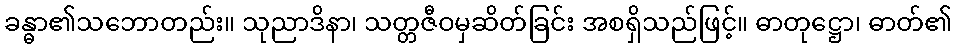
ခန္ဓာ၏သဘောတည်း။ သုညာဒိနာ၊ သတ္တဇီဝမှဆိတ်ခြင်း အစရှိသည်ဖြင့်။ ဓာတုဋ္ဌော၊ ဓာတ်၏